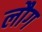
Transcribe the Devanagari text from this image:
लौग